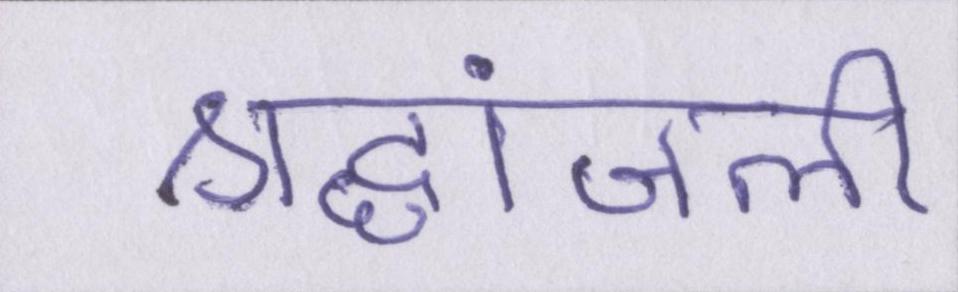
श्रद्धांजली